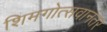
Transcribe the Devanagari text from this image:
शिमगोत्सवानंतर